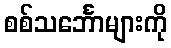
စစ်သင်္ဘောများကို